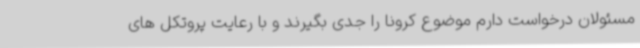
مسئولان درخواست دارم موضوع کرونا را جدی بگیرند و با رعایت پروتکل های